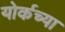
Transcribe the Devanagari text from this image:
योर्कच्या